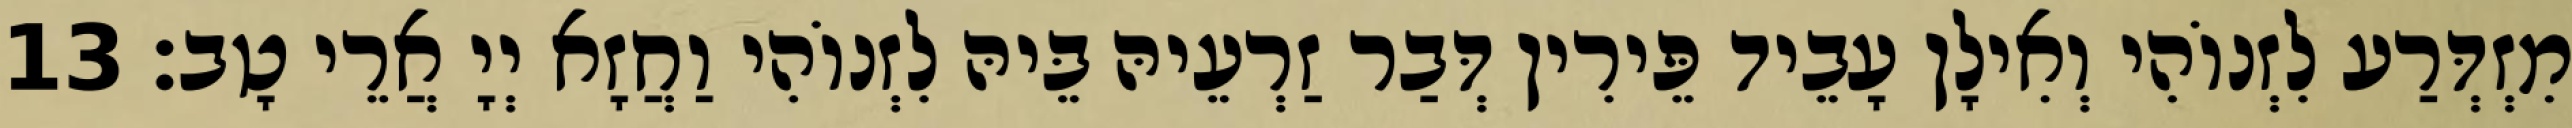
מִזְדְּרַע לִזְנוֹהִי וְאִילָן עָבֵיד פֵּירִין דְּבַר זַרְעֵיהּ בֵּיהּ לִזְנוֹהִי וַחֲזָא יְיָ אֲרֵי טָב׃ 13